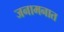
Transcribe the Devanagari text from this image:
जनामनात